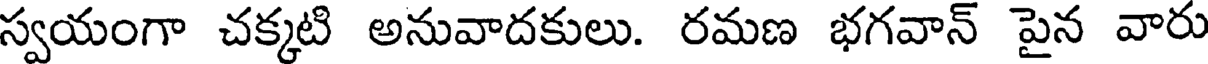
స్వయంగా చక్కటి అనువాదకులు. రమణ భగవాన్ పైన వారు